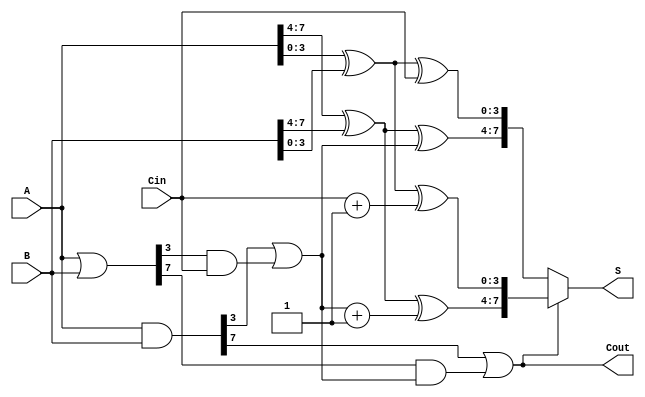
module CSPA #(parameter N = 8) (
    input [(N-1):0] A,
    input [(N-1):0] B,
    input Cin,
    output [(N-1):0] S,
    output Cout
);

    // Number of segments
    localparam SEG_SIZE = 4;
    localparam NUM_SEGMENTS = N / SEG_SIZE;

    // Generate and Propagate signals
    wire [(N-1):0] G, P;
    
    assign G = A & B; // Generate 
    assign P = A | B; // Propagate

    // Carry signals
    wire [(NUM_SEGMENTS):0] C; // Carry for each segment

    // Initial carry-in
    assign C[0] = Cin;

    // Carry generation in segments
    genvar i;
    generate
        for (i = 0; i < NUM_SEGMENTS; i = i + 1) begin : carry_generation
            wire [SEG_SIZE-1:0] G_seg = G[i*SEG_SIZE +: SEG_SIZE];
            wire [SEG_SIZE-1:0] P_seg = P[i*SEG_SIZE +: SEG_SIZE];

            // Calculate carry for the segment
            assign C[i + 1] = G_seg[SEG_SIZE-1] | (P_seg[SEG_SIZE-1] & C[i]);
        end
    endgenerate

    // Sum calculation
    wire [(N-1):0] S_with_cin, S_with_cout;

    // Calculate sum assuming carry-in is 0
    generate
        for (i = 0; i < NUM_SEGMENTS; i = i + 1) begin : sum_cin_0
            wire [SEG_SIZE-1:0] A_seg = A[i*SEG_SIZE +: SEG_SIZE];
            wire [SEG_SIZE-1:0] B_seg = B[i*SEG_SIZE +: SEG_SIZE];

            assign S_with_cin[i*SEG_SIZE +: SEG_SIZE] = A_seg ^ B_seg ^ C[i];
        end
    endgenerate

    // Calculate sum assuming carry-in is 1
    generate
        for (i = 0; i < NUM_SEGMENTS; i = i + 1) begin : sum_cin_1
            wire [SEG_SIZE-1:0] A_seg = A[i*SEG_SIZE +: SEG_SIZE];
            wire [SEG_SIZE-1:0] B_seg = B[i*SEG_SIZE +: SEG_SIZE];

            assign S_with_cout[i*SEG_SIZE +: SEG_SIZE] = A_seg ^ B_seg ^ (C[i] + 1);
        end
    endgenerate

    // Final sum selection based on carry-out from last segment
    assign S = C[NUM_SEGMENTS] ? S_with_cout : S_with_cin;

    // Final carry-out
    assign Cout = C[NUM_SEGMENTS];

endmodule